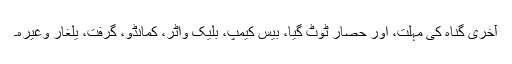
آخری گناہ کی مہلت، اور حصار ٹوٹ گیا، بیس کیمپ، بلیک واٹر، کمانڈو، گرفت، یلغار وغیرہ۔